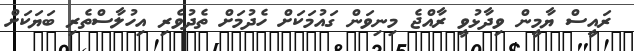
ރައީސް ޔާމީން ވިދާޅުވީ ރާއްޖެ މިިނިވަން ގައުމަކަށް ހެދުމަށް ތެދުވެރި އިހުލާސްތެރި ބަޔަކަށް